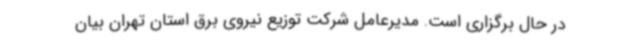
در حال برگزاری است. مدیرعامل شرکت توزیع نیروی برق استان تهران بیان